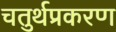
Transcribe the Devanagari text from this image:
चतुर्थप्रकरण